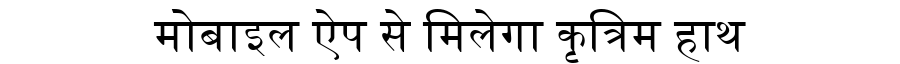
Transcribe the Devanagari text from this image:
मोबाइल ऐप से मिलेगा कृत्रिम हाथ